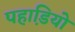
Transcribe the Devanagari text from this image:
पहाडि़यो